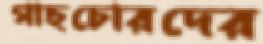
গাছচোরদের